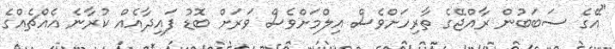
"އޭގެ ސަބަބުން ރާއްޖޭގެ ތާރިހަށްވެސް އިލްމަށްވެސް ވަރަށް ބޮޑު ފައިދާއެއް ކުރާނެ އެއްޗެއްގެ